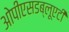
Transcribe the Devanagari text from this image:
ओपीएसडब्लूएटी